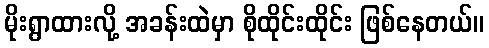
မိုးရွာထားလို့ အခန်းထဲမှာ စိုထိုင်းထိုင်း ဖြစ်နေတယ်။